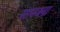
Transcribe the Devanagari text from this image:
सानक्या